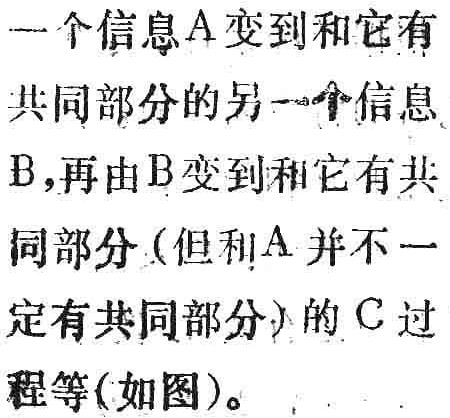
一个信息A变到和它有共同部分的另一个信息B,再由B变到和它有共同部分(但和A并不一定有共同部分)的C过程等(如图)。